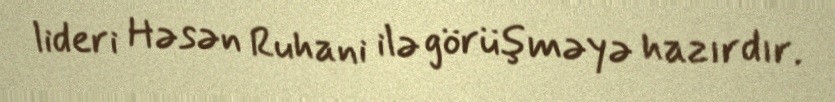
lideri Həsən Ruhani ilə görüşməyə hazırdır.